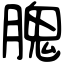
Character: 𦞙